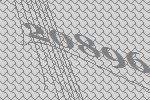
20896